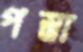
পস্তা